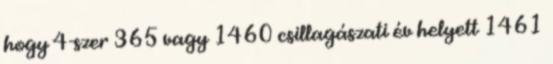
hogy 4-szer 365 vagy 1460 csillagászati év helyett 1461